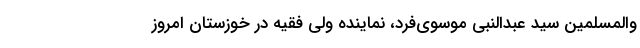
والمسلمین سید عبدالنبی موسوی‌فرد، نماینده ولی فقیه در خوزستان امروز